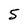
Character: 5